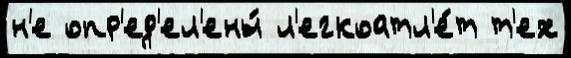
н'е опр'ед'ел'ены́ л'егкоатл'е́т т'ех